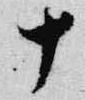
十